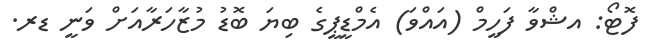
ފޮޓޯ: އޝްވާ ފަހީމް (އައްވަ) އެމްޑީޕީގެ ބިޔަ ބޮޑު މުޒާހަރާއަށް ވަނީ ޑރ.